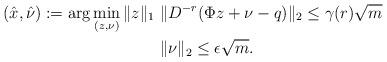
LaTeX: \begin{align*}(\hat{x},\hat{\nu}) := \arg\min\limits_{(z,\nu)}\|z\|_1 \ & \|D^{-r}(\Phi z+\nu-q )\|_2 \leq \gamma(r)\sqrt{m} \\ & \|\nu\|_2\leq \epsilon \sqrt m.\end{align*}